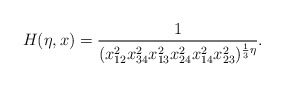
\begin{align*}H(\eta,x)=\frac{1}{(x_{12}^{2}x_{34}^{2}x_{13}^{2}x_{24}^{2}x_{14}^{2}x_{23}^{2})^{\frac{1}{3}\eta}}.\end{align*}